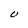
Character: U